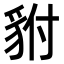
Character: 𮙨